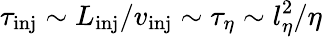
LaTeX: \tau_{\textrm{inj}}\sim L_{\textrm{inj}}/v_{\textrm{inj}}\sim\tau_{\eta}\sim l_{\eta}^{2}/\eta